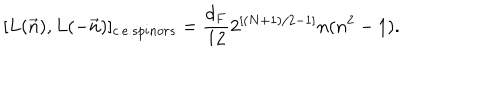
[ L ( \vec { n } ) , L ( - \vec { n } ) ] _ { c . e . s p i n o r s } = \frac { d _ { F } } { 1 2 } 2 ^ { [ ( N + 1 ) / 2 - 1 ] } n ( n ^ { 2 } - 1 ) .